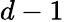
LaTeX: d-1